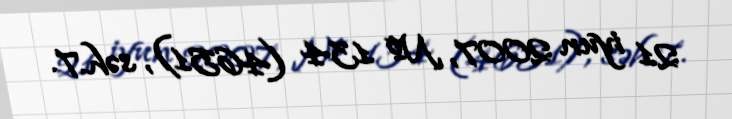
21 iyun 2007, № 134 (4651), səh.7.